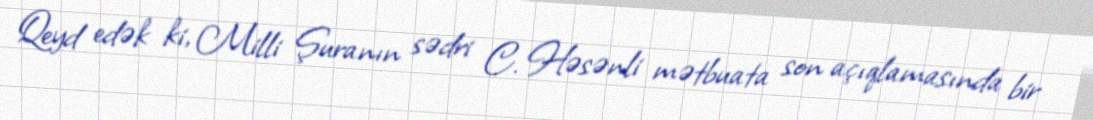
Qeyd edək ki, Milli Şuranın sədri C. Həsənli mətbuata son açıqlamasında bir